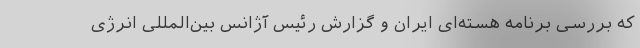
که بررسی برنامه هسته‌ای ایران و گزارش رئيس آژانس بین‌المللی انرژی